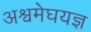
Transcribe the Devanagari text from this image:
अश्वमेघयज्ञ